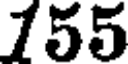
155